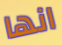
انها